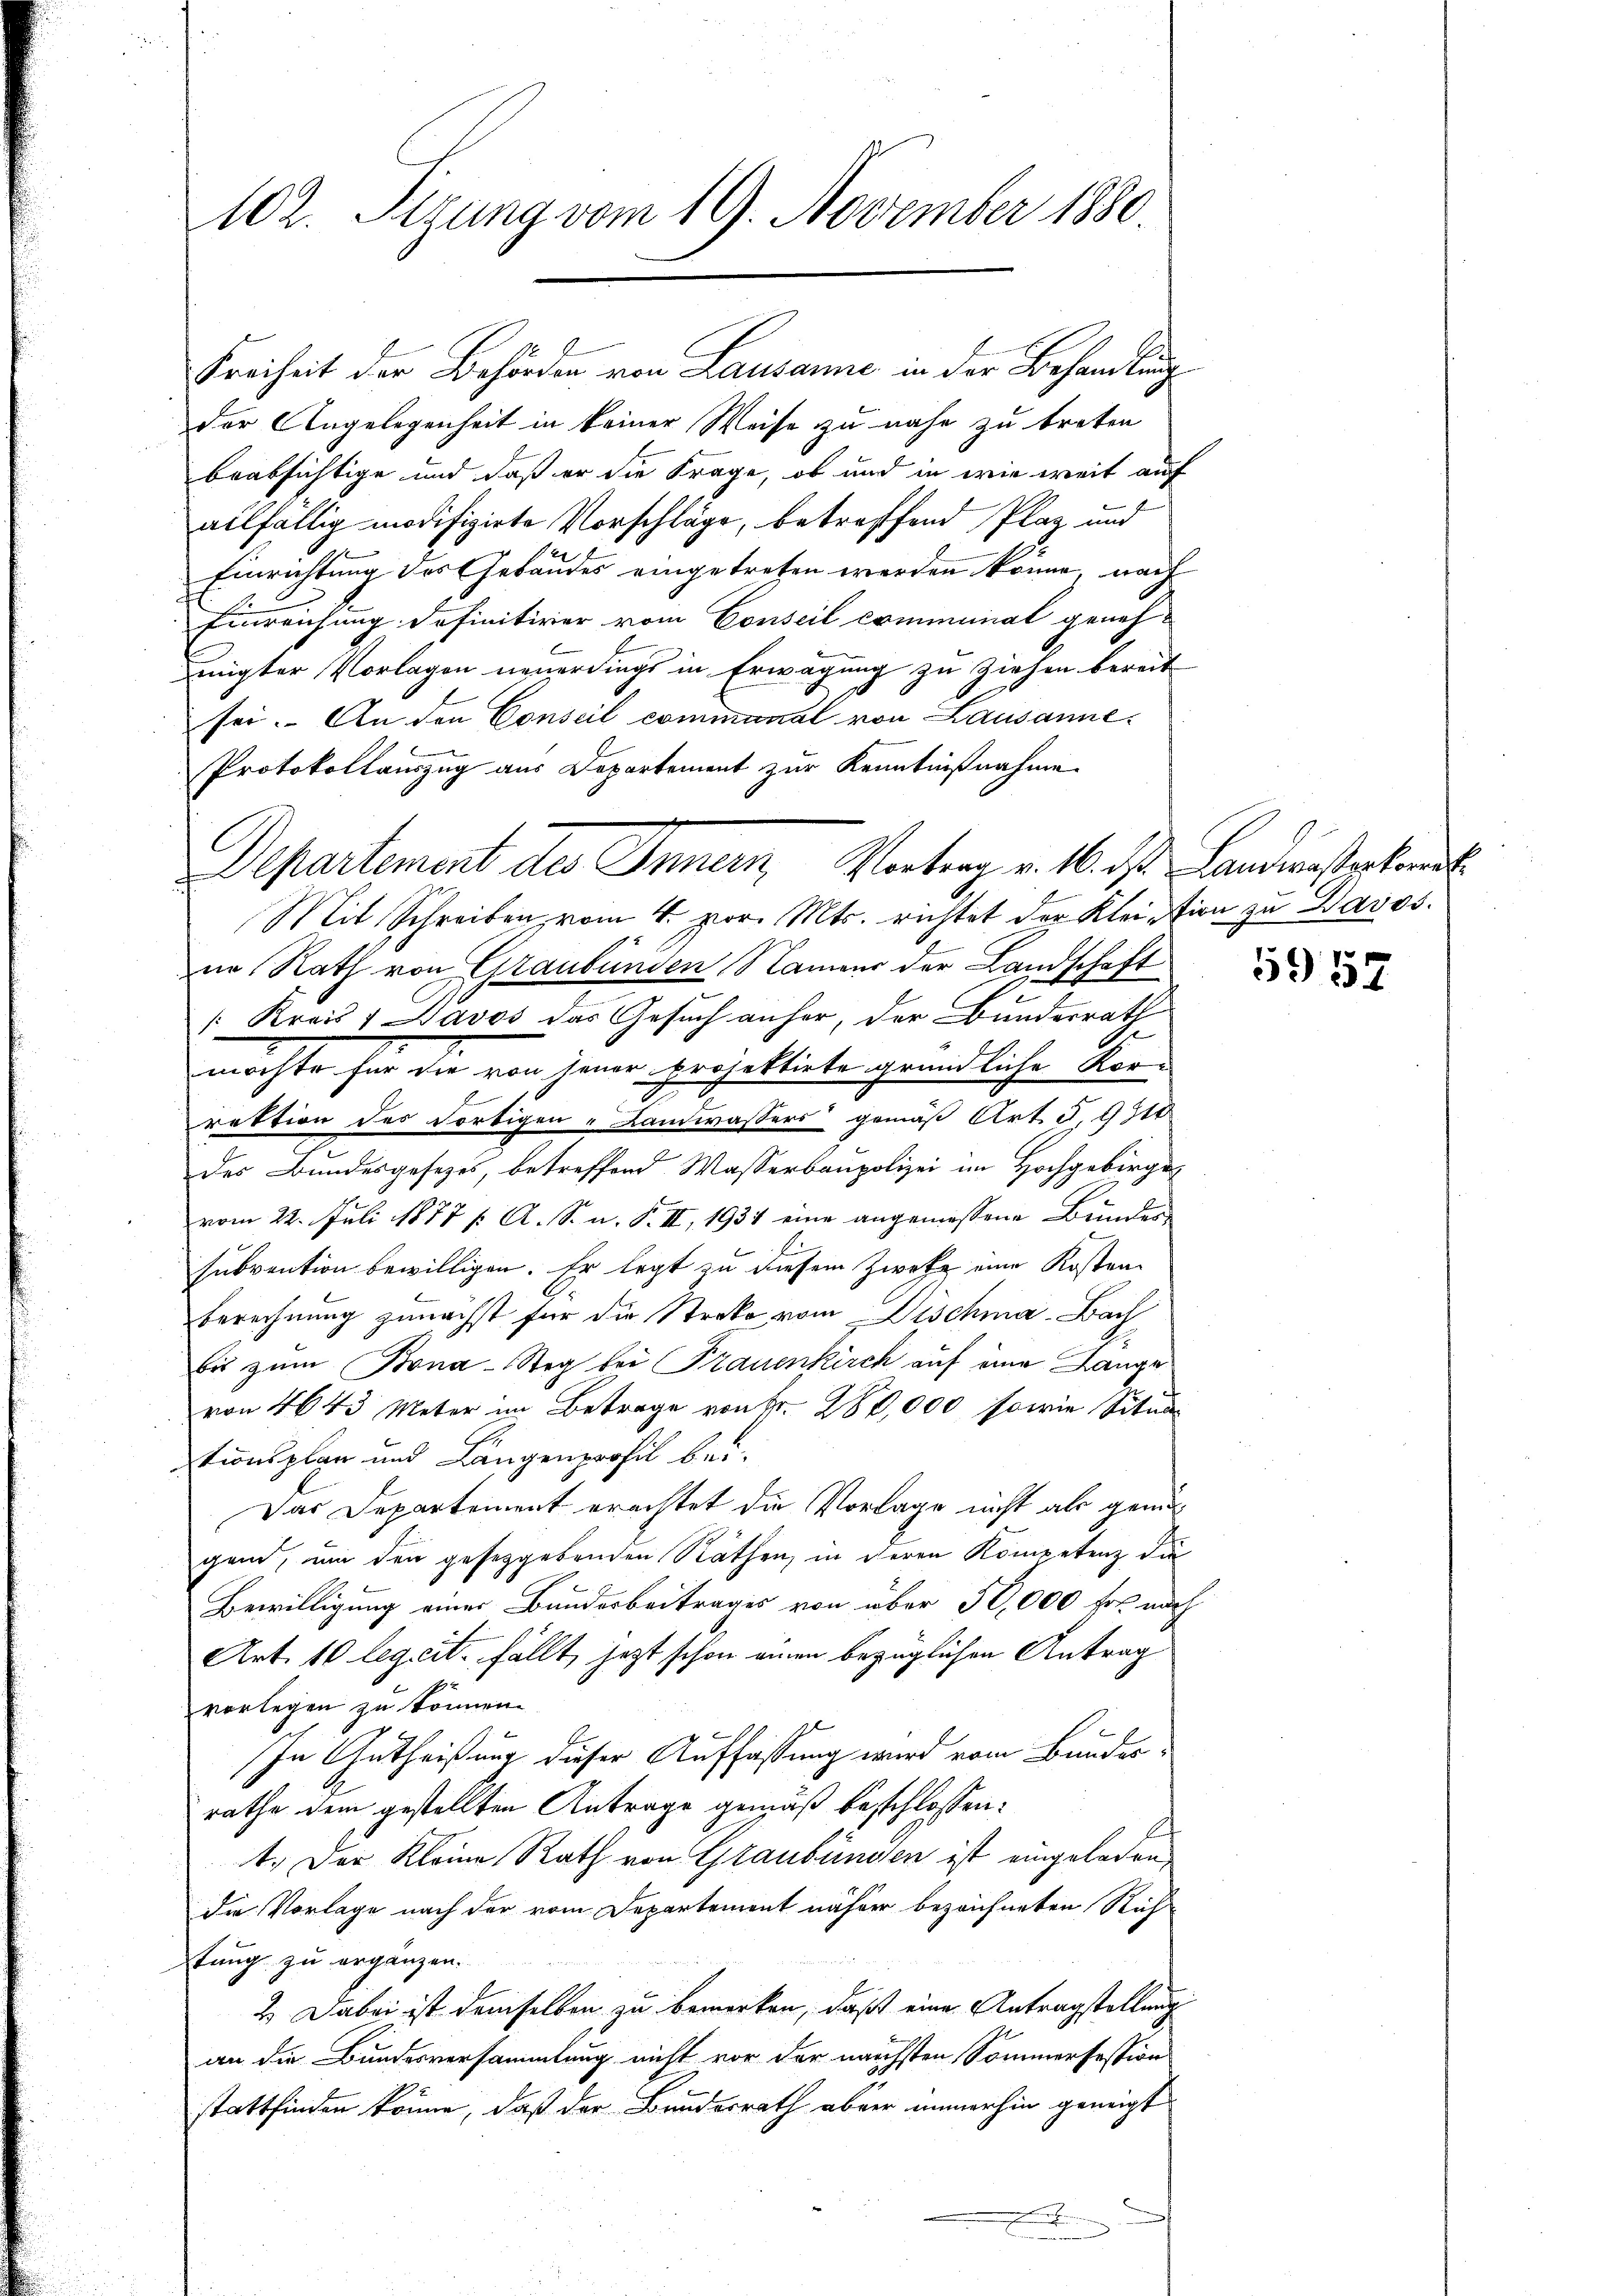
1102. Sigung vom 19. November 1880

Freiheit der Behörden von Lausanne in der Behandlung
der Angelegenheit in keiner Weise zu nahe zu treten
beabsichtige und daß er die Frage, ob und in wie weit auf
allfällig modifizirte Vorschläge, betreffend Plaz und
Einrichtung des Gebäudes eingetreten werden könne, nach
Einreichung definitiver vom Conseil communal genehmigter Vorlagen neuerdings in Erwägung zu ziehen bereit
sei. An den Conseil communal von Lausanne
Protokollauszug aus Departement zur Kenntnißnahme
Mit Schreiben, vom 4. vor. Mts. richtet der Kleission zu Davos.
nn Rath von Graubünden Namens der Landschaft
[Kreis 1 Davos das Gesuch anher, der Bundesrath
möchte für die von jener projektirte gründliche Korrektion des dortigen-Landwassers gemäß Art S. 9310
des Bundesgesetzes, betreffend Wasserbaupolizei im Hochgebirgen
vom 22. Juli 1877 /: A. S. n. F. II, 1931 eine angemessene Bunder
subvention bewilligen. Er legt zu diesem Zwecke eine Kosten-
berechnung zunächst für die Streke vom Dischma-Bach
bis zum Bona-Steg bei Frauenkirch auf eine Lange
von 4643 Meter im Betrage von Fr. 280,000 sowie Situa
tionsplan und Längenprofil bei.
Das Departement erachtet die Vorlage nicht als genu
gen, um den gesetzgebenden Räthen, in deren Kompetenz die
Bewilligung einer Bundesbeitrages von über 50,000 fr. nach
Art. 10 leg cit. fällt, jezt schon einen bezüglichen Antrag
vorlegen zu können.
In Gutheißung dieser Auffassung wird vom Bundesrathe dem gestellten Antrage gemäß beschlossen:
1. Der Kleine Rath von Graubünden ist eingeladen,
die Vorlage nach der vom Departement näher bezeichneten Rich
tung zu ergänzen.
2.) Dabei ist demselben zu bemerken, daß eine Antragstellung
an die Bundesversammlung nicht vor der nächsten Sommerfestion
stattfinden könne, daß der Bundesrath aber immerhin geneigt

Departement des Innern Vortrag v. 10. ds Landwasspektor

5957